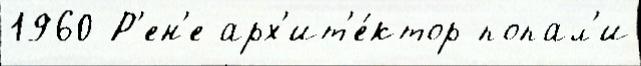
1960 Р'ен'е арх'ит'е́ктор попал'и